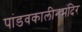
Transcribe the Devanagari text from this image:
पांडवकालीनमंदिर